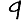
Digit: 9